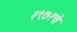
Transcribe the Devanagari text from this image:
१९७१चे